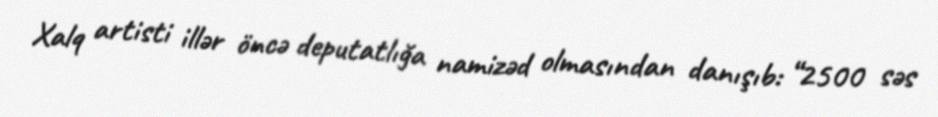
Xalq artisti illər öncə deputatlığa namizəd olmasından danışıb: “2500 səs